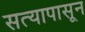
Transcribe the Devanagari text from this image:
सत्यापासून